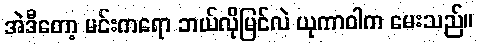
အဲဒီတော့ မင်းကရော ဘယ်လိုမြင်လဲ ယုကာဝါက မေးသည်။